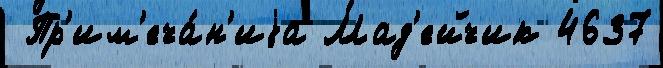
 Пр'им'еча́н'иjа Мад'ейчик 4637